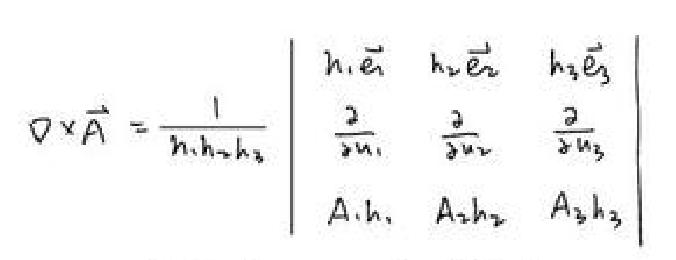
\[ \nabla \times \vec{A} = \frac{1}{h_1 h_2 h_3} \begin{vmatrix} h_1 \vec{e}_1 & h_2 \vec{e}_2 & h_3 \vec{e}_3 \\ \frac{\partial}{\partial u_1} & \frac{\partial}{\partial u_2} & \frac{\partial}{\partial u_3} \\ A_1 h_1 & A_2 h_2 & A_3 h_3 \end{vmatrix} \]